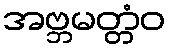
အဗ္ဘမတ္တံဝ